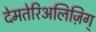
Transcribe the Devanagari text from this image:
देमतेरिअलिज़िग्